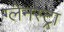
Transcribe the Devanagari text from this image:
ग्लेनस्ट्रा